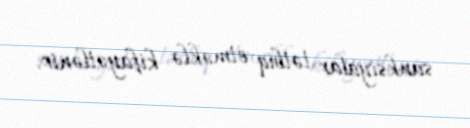
sanksiyalar tətbiq etməklə kifayətlənir.